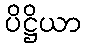
ပိဋ္ဌိယာ